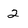
Character: 2